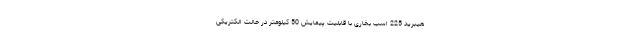
هیبرید 225 اسب بخاری با قابلیت پیمایش 50 کیلومتر در حالت الکتریکی